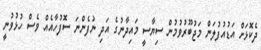
ދެކޮޅަށް އަޑުއުފުލަން މަޖުބޫރުވުމުން ސިޔާސީ މައިދާނުގެ އަދި ނުފެންނަ ސޮފުހާއެއް ވެސް ހުޅުވުނީ